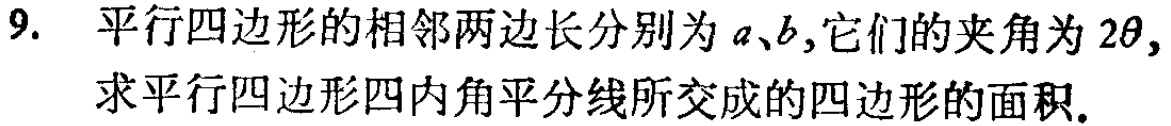
9. 平行四边形的相邻两边长分别为\(a\)、\(b\)，它们的夹角为\(2\theta\)，求平行四边形四内角平分线所交成的四边形的面积.